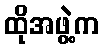
ထိုအဖွဲ့က